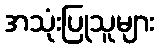
အသုံးပြုသူများ